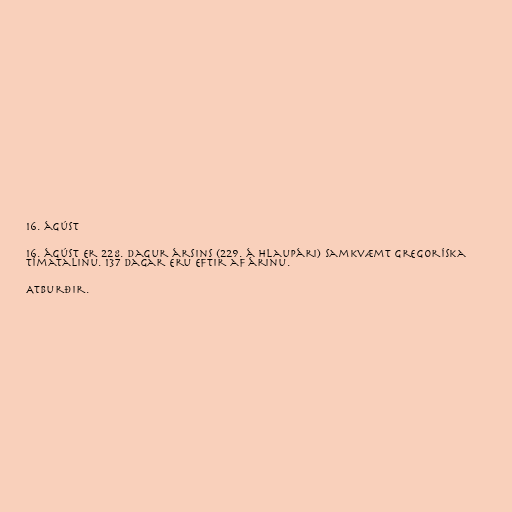
16. ágúst

16. ágúst er 228. dagur ársins (229. á hlaupári) samkvæmt gregoríska
tímatalinu. 137 dagar eru eftir af árinu.

Atburðir.